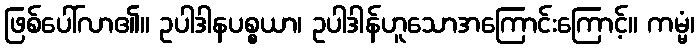
ဖြစ်ပေါ်လာ၏။ ဥပါဒါနပစ္စယာ၊ ဥပါဒါန်ဟူသောအကြောင်းကြောင့်။ ကမ္မံ၊